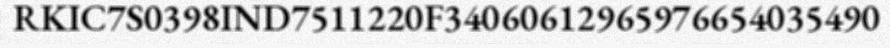
RKIC7S0398IND7511220F34060612965976654035490